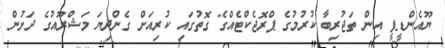
ޔޫއެންޑީޕީ އިން ތަޖުރިބާ ކުރުމުގެ ޕްރޮޖެކްޓެއްގެ ގޮތުގައި ކުރިއަށް ގެންދިޔަ މަޝްރޫއުގެ ދަށުން